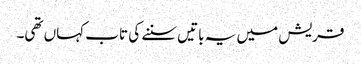
قریش میں یہ باتیں سننے کی تاب کہاں تھی۔